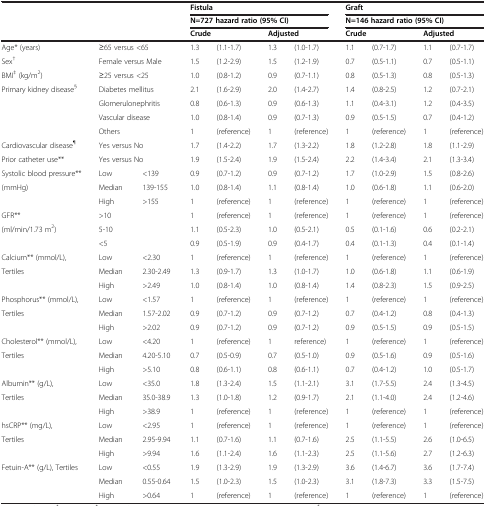
<table><thead><tr><td rowspan="2"><b> </b></td><td rowspan="2" colspan="2"><b> </b></td><td colspan="4"><b>Fistula</b></td><td colspan="4"><b>Graft</b></td></tr><tr><td colspan="4"><b>N=727 hazard ratio (95% CI)</b></td><td colspan="4"><b>N=146 hazard ratio (95% CI)</b></td></tr><tr><td><b> </b></td><td colspan="2"><b> </b></td><td><b>Crude</b></td><td><b> </b></td><td colspan="2"><b>Adjusted</b></td><td colspan="2"><b>Crude</b></td><td colspan="2"><b>Adjusted</b></td></tr></thead><tbody><tr><td>Age* (years)</td><td>≥65 versus &lt;65</td><td colspan="2">1.3</td><td>(1.1-1.7)</td><td>1.3</td><td>(1.0-1.7)</td><td>1.1</td><td>(0.7-1.7)</td><td>1.1</td><td>(0.7-1.7)</td></tr><tr><td>Sex<sup>†</sup></td><td colspan="2">Female versus Male</td><td>1.5</td><td>(1.2-2.9)</td><td>1.5</td><td>(1.2-1.9)</td><td>0.7</td><td>(0.5-1.1)</td><td>0.7</td><td>(0.5-1.1)</td></tr><tr><td>BMI<sup>‡</sup> (kg/m<sup>2</sup>)</td><td colspan="2">≥25 versus &lt;25</td><td>1.0</td><td>(0.8-1.2)</td><td>0.9</td><td>(0.7-1.1)</td><td>0.8</td><td>(0.5-1.3)</td><td>0.8</td><td>(0.5-1.3)</td></tr><tr><td rowspan="3">Primary kidney disease<sup>§</sup></td><td colspan="2">Diabetes mellitus</td><td>2.1</td><td>(1.6-2.9)</td><td>2.0</td><td>(1.4-2.7)</td><td>1.4</td><td>(0.8-2.5)</td><td>1.2</td><td>(0.7-2.1)</td></tr><tr><td colspan="2">Glomerulonephritis</td><td>0.8</td><td>(0.6-1.3)</td><td>0.9</td><td>(0.6-1.3)</td><td>1.1</td><td>(0.4-3.1)</td><td>1.2</td><td>(0.4-3.5)</td></tr><tr><td colspan="2">Vascular disease</td><td>1.0</td><td>(0.8-1.4)</td><td>0.9</td><td>(0.7-1.3)</td><td>0.9</td><td>(0.5-1.5)</td><td>0.7</td><td>(0.4-1.2)</td></tr><tr><td> </td><td colspan="2">Others</td><td>1</td><td>(reference)</td><td>1</td><td>(reference)</td><td>1</td><td>(reference)</td><td>1</td><td>(reference)</td></tr><tr><td>Cardiovascular disease<sup>¶</sup></td><td colspan="2">Yes versus No</td><td>1.7</td><td>(1.4-2.2)</td><td>1.7</td><td>(1.3-2.2)</td><td>1.8</td><td>(1.2-2.8)</td><td>1.8</td><td>(1.1-2.9)</td></tr><tr><td>Prior catheter use**</td><td colspan="2">Yes versus No</td><td>1.9</td><td>(1.5-2.4)</td><td>1.9</td><td>(1.5-2.4)</td><td>2.2</td><td>(1.4-3.4)</td><td>2.1</td><td>(1.3-3.4)</td></tr><tr><td>Systolic blood pressure**</td><td>Low</td><td>&lt;139</td><td>0.9</td><td>(0.7-1.2)</td><td>0.9</td><td>(0.7-1.2)</td><td>1.7</td><td>(1.0-2.9)</td><td>1.5</td><td>(0.8-2.6)</td></tr><tr><td>(mmHg)</td><td>Median</td><td>139-155</td><td>1.0</td><td>(0.8-1.4)</td><td>1.1</td><td>(0.8-1.4)</td><td>1.0</td><td>(0.6-1.8)</td><td>1.1</td><td>(0.6-2.0)</td></tr><tr><td> </td><td>High</td><td>&gt;155</td><td>1</td><td>(reference)</td><td>1</td><td>(reference)</td><td>1</td><td>(reference)</td><td>1</td><td>(reference)</td></tr><tr><td>GFR**</td><td colspan="2">&gt;10</td><td>1</td><td>(reference)</td><td>1</td><td>(reference)</td><td>1</td><td>(reference)</td><td>1</td><td>(reference)</td></tr><tr><td>(ml/min/1.73 m<sup>2</sup>)</td><td colspan="2">5-10</td><td>1.1</td><td>(0.5-2.3)</td><td>1.0</td><td>(0.5-2.1)</td><td>0.5</td><td>(0.1-1.6)</td><td>0.6</td><td>(0.2-2.1)</td></tr><tr><td> </td><td colspan="2">&lt;5</td><td>0.9</td><td>(0.5-1.9)</td><td>0.9</td><td>(0.4-1.7)</td><td>0.4</td><td>(0.1-1.3)</td><td>0.4</td><td>(0.1-1.4)</td></tr><tr><td>Calcium** (mmol/L),</td><td>Low</td><td>&lt;2.30</td><td>1</td><td>(reference)</td><td>1</td><td>(reference)</td><td>1</td><td>(reference)</td><td>1</td><td>(reference)</td></tr><tr><td>Tertiles</td><td>Median</td><td>2.30-2.49</td><td>1.3</td><td>(0.9-1.7)</td><td>1.3</td><td>(1.0-1.7)</td><td>1.0</td><td>(0.6-1.8)</td><td>1.1</td><td>(0.6-1.9)</td></tr><tr><td> </td><td>High</td><td>&gt;2.49</td><td>1.0</td><td>(0.8-1.4)</td><td>1.0</td><td>(0.8-1.4)</td><td>1.4</td><td>(0.8-2.3)</td><td>1.5</td><td>(0.9-2.5)</td></tr><tr><td>Phosphorus** (mmol/L),</td><td>Low</td><td>&lt;1.57</td><td>1</td><td>(reference)</td><td>1</td><td>(reference)</td><td>1</td><td>(reference)</td><td>1</td><td>(reference)</td></tr><tr><td>Tertiles</td><td>Median</td><td>1.57-2.02</td><td>0.9</td><td>(0.7-1.2)</td><td>0.9</td><td>(0.7-1.2)</td><td>0.7</td><td>(0.4-1.2)</td><td>0.8</td><td>(0.4-1.3)</td></tr><tr><td> </td><td>High</td><td>&gt;2.02</td><td>0.9</td><td>(0.7-1.2)</td><td>0.9</td><td>(0.7-1.2)</td><td>0.9</td><td>(0.5-1.5)</td><td>0.9</td><td>(0.5-1.5)</td></tr><tr><td>Cholesterol** (mmol/L),</td><td>Low</td><td>&lt;4.20</td><td>1</td><td>(reference)</td><td>1</td><td>reference)</td><td>1</td><td>(reference)</td><td>1</td><td>(reference)</td></tr><tr><td>Tertiles</td><td>Median</td><td>4.20-5.10</td><td>0.7</td><td>(0.5-0.9)</td><td>0.7</td><td>(0.5-1.0)</td><td>0.9</td><td>(0.5-1.6)</td><td>0.9</td><td>(0.5-1.6)</td></tr><tr><td> </td><td>High</td><td>&gt;5.10</td><td>0.8</td><td>(0.6-1.1)</td><td>0.8</td><td>(0.6-1.1)</td><td>0.7</td><td>(0.4-1.2)</td><td>1.0</td><td>(0.5-1.7)</td></tr><tr><td>Albumin** (g/L),</td><td>Low</td><td>&lt;35.0</td><td>1.8</td><td>(1.3-2.4)</td><td>1.5</td><td>(1.1-2.1)</td><td>3.1</td><td>(1.7-5.5)</td><td>2.4</td><td>(1.3-4.5)</td></tr><tr><td>Tertiles</td><td>Median</td><td>35.0-38.9</td><td>1.3</td><td>(1.0-1.8)</td><td>1.2</td><td>(0.9-1.7)</td><td>2.1</td><td>(1.1-4.0)</td><td>2.4</td><td>(1.2-4.6)</td></tr><tr><td> </td><td>High</td><td>&gt;38.9</td><td>1</td><td>(reference)</td><td>1</td><td>(reference)</td><td>1</td><td>(reference)</td><td>1</td><td>(reference)</td></tr><tr><td>hsCRP** (mg/L),</td><td>Low</td><td>&lt;2.95</td><td>1</td><td>(reference)</td><td>1</td><td>(reference)</td><td>1</td><td>(reference)</td><td>1</td><td>(reference)</td></tr><tr><td>Tertiles</td><td>Median</td><td>2.95-9.94</td><td>1.1</td><td>(0.7-1.6)</td><td>1.1</td><td>(0.7-1.6)</td><td>2.5</td><td>(1.1-5.5)</td><td>2.6</td><td>(1.0-6.5)</td></tr><tr><td> </td><td>High</td><td>&gt;9.94</td><td>1.6</td><td>(1.1-2.4)</td><td>1.6</td><td>(1.1-2.3)</td><td>2.5</td><td>(1.1-5.6)</td><td>2.7</td><td>(1.2-6.3)</td></tr><tr><td rowspan="2">Fetuin-A** (g/L), Tertiles</td><td>Low</td><td>&lt;0.55</td><td>1.9</td><td>(1.3-2.9)</td><td>1.9</td><td>(1.3-2.9)</td><td>3.6</td><td>(1.4-6.7)</td><td>3.6</td><td>(1.7-7.4)</td></tr><tr><td>Median</td><td>0.55-0.64</td><td>1.5</td><td>(1.0-2.3)</td><td>1.5</td><td>(1.0-2.3)</td><td>3.1</td><td>(1.8-7.3)</td><td>3.3</td><td>(1.5-7.5)</td></tr><tr><td> </td><td>High</td><td>&gt;0.64</td><td>1</td><td>(reference)</td><td>1</td><td>(reference)</td><td>1</td><td>(reference)</td><td>1</td><td>(reference)</td></tr></tbody></table>